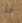
هذا